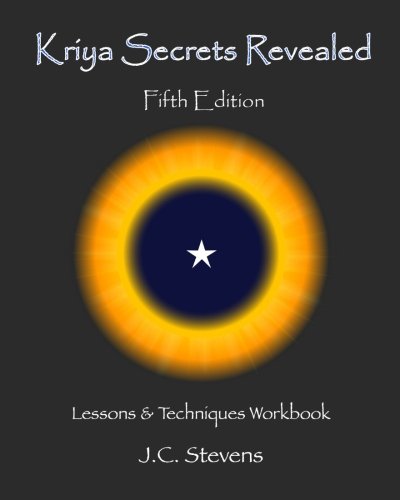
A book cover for Kriya Secrets Revealed: Complete Lessons and Techniques; J C Stevens; Self-Help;